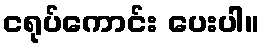
ငရုပ်ကောင်း ပေးပါ။